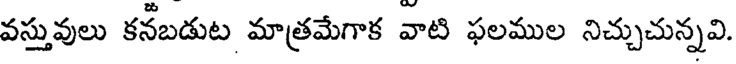
వస్తువులు కనబడుట మాత్రమేగాక వాటి ఫలముల నిచ్చుచున్నవి.